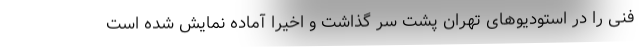
فنی را در استودیوهای تهران پشت سر گذاشت و اخیراً آماده نمایش شده است